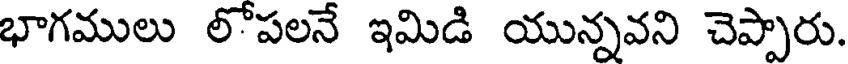
భాగములు లోపలనే ఇమిడి యున్నవని చెప్పారు.